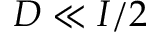
D \ll I / 2